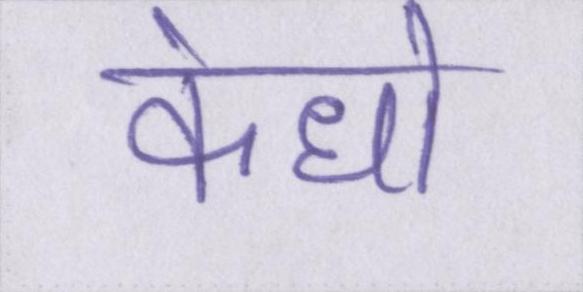
कंधो